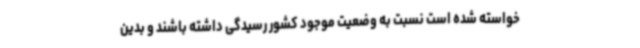
خواسته شده است نسبت به وضعیت موجود کشور رسیدگی داشته باشند و بدین